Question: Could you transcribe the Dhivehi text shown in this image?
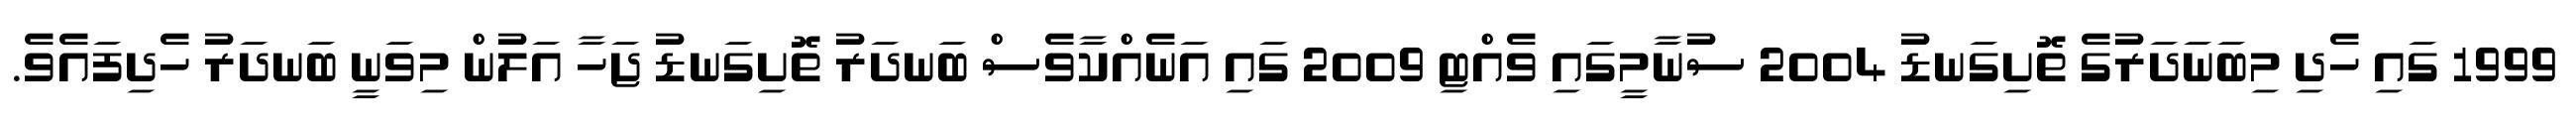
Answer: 1999 ގައި ހެދި މިބަނަދަރުގެ ތޮށިގަނޑު 2004 ސުނާމީގައި ވެއްޓި 2009 ގައި އަނެއްކާވެސް ބަނދަރު ތޮށިގަނޑު ޖަހާ އަލުން މިވަނީ ބަނދަރު ހެދިފައެވެ.